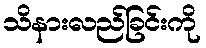
သိနားလည်ခြင်းကို